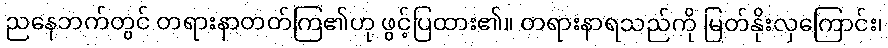
ညနေဘက်တွင် တရားနာတတ်ကြ၏ဟု ဖွင့်ပြထား၏။ တရားနာရသည်ကို မြတ်နိုးလှကြောင်း၊